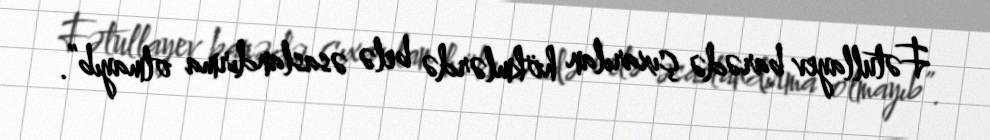
Fətullayev barədə çıxarılan hökmlərdə belə əsaslandırma olmayıb”.